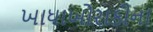
ખાધાખોરાકીના